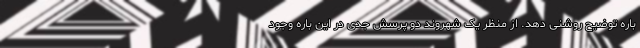
باره توضیح روشنی دهد. از منظر یک شهروند دو پرسش جدی در این باره وجود